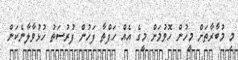
މި މުބާރާތަށް މީހުން ހޮވުމަށް މީގެ އެއް ހަފްތާ ފަހުން ފުރުސަތު ހުޅުވާލާނެކަން